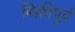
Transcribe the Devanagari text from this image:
बिक्रीपूर्व